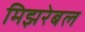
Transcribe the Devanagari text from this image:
मिझरेबल